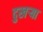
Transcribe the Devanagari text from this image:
दुखर्‍या